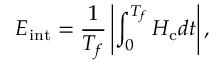
E _ { \mathrm { i n t } } = \frac { 1 } { T _ { f } } \left| \int _ { 0 } ^ { T _ { f } } H _ { \mathrm { c } } d t \right| ,